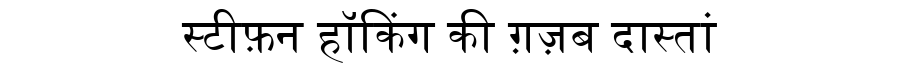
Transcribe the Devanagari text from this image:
स्टीफ़न हॉकिंग की ग़ज़ब दास्तां